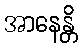
အာနေန္တိ